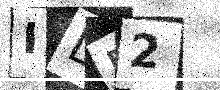
Text: IDF2